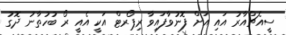
ސީއެޗްއާރު އައި އަށް ފޮނުވާފައިވާ ރިޕޯރޓް އަކީ އެއީ ރޯ ބުހުތާނު ދޮގު